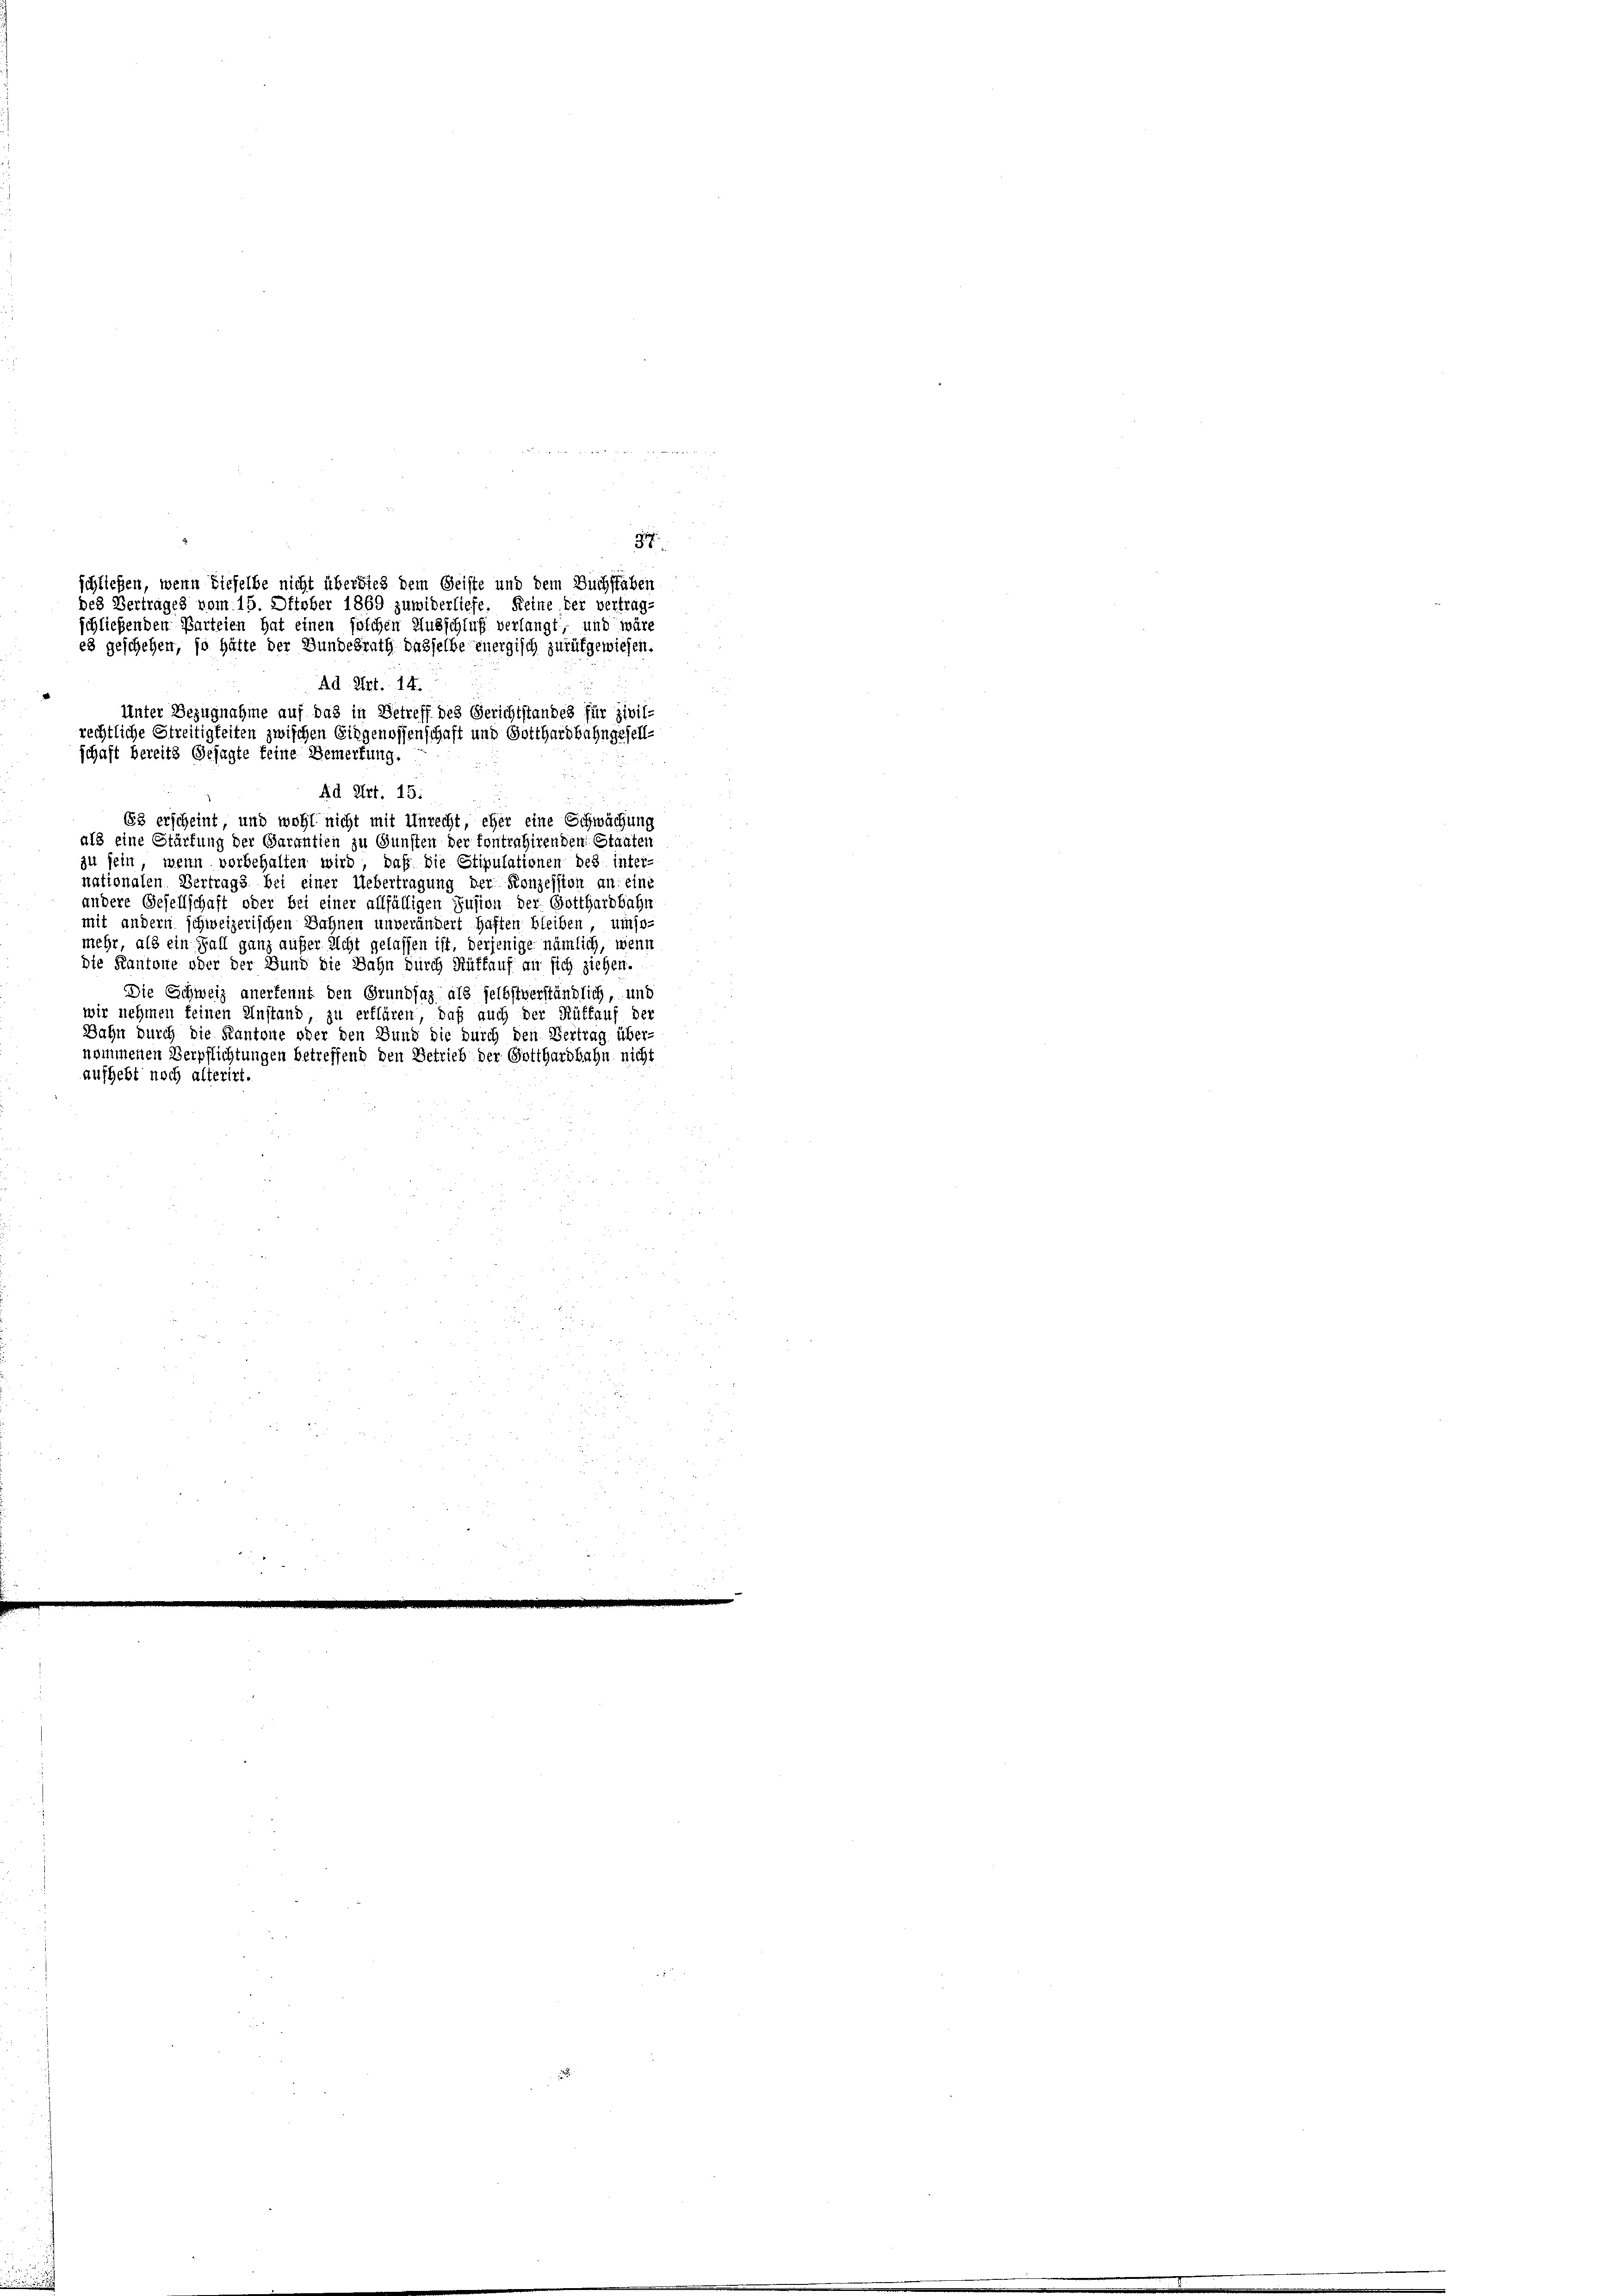
schließen, wenn dieselbe nicht übersteh dem Geiste und dem Buchstaben
des Vertrages vom 15. Oktober 1869 zuwiderliefe. Keine ter vertrag-
schließenden Parteien hat einen solchen Ausschluß verlangt, und wäre
es geschehen, so hätte der Bundesrath dasselbe energisch zurükgewiesen.
Ad Art. 14.
Unter Bezugnahme auf das in Betreff des Gerichtstandes für zivil-
rechtliche Streitigkeiten zwischen Eidgenossenschaft und Gotthardbahngesell-
schaft bereits Gesagte keine Bemerkung.

die Zürich in verante M
34
Ad Art. 15.
63 erscheint und wohl nicht mit Unrecht, eher eine Schwächung
als eine Stärkung der Garantien zu Gunsten der fontrahirenden Staaten
zu sein, wenn vorbehalten wird, daß die Stipulationen des inter-
nationalen Vertrags bei einer Uebertragung der Konzession an: ein
andere Gesellschaft oder bei einer allfälligen Zusion der Gotthardbahn
mit andern schweizerischen Bahnen unverändert haften bleiben, umso-
mehr, als ein Fall ganz aufer Richt gelassen ist, derjenige nämlich, wenn
die Kantone oder der Bund die Bahn durch Rüttauf an sich ziehen.
Die Schweiz anerkennt den Grundsaz als selbstverständlich, und
wir nehmen feinen Anstand, zu erflüren, daß auch der Rüffauf der
Bahn durch die Kantone oder den Bund die durch den Vertrag über-
nommenen Verpflichtungen betreffend den Betrieb der Gotthardbahn nicht
aufhebt noch alterirt.